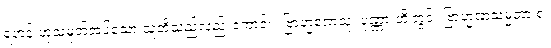
ရဟန်းဟုသမုတ်အပ်သော သူတို့သည်လည်းကောင်း။ ဗြာဟ္မဏေသု၊ ပုဏ္ဏားတို့တွင်။ ဗြာဟ္မဏသမ္မတာ စ၊